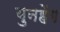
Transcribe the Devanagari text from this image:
युनहेंग